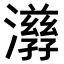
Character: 𤂇